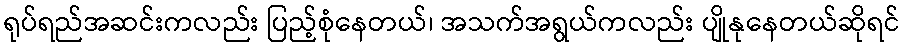
ရုပ်ရည်အဆင်းကလည်း ပြည့်စုံနေတယ်၊ အသက်အရွယ်ကလည်း ပျိုနုနေတယ်ဆိုရင်